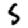
Digit: 5